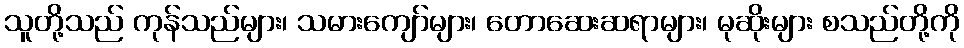
သူတို့သည် ကုန်သည်များ၊ သမားကျော်များ၊ တောဆေးဆရာများ၊ မုဆိုးများ စသည်တို့ကို